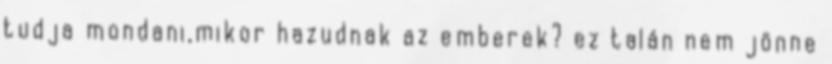
tudja mondani,mikor hazudnak az emberek? ez talán nem jönne